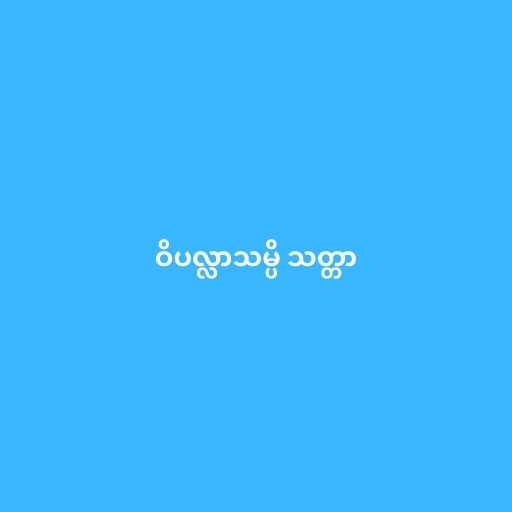
ဝိပလ္လာသမ္ပိ သတ္တာ